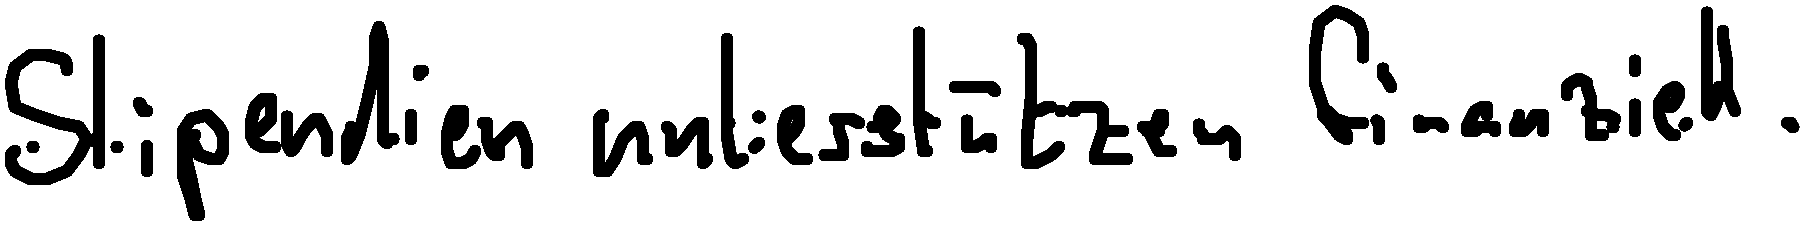
Stipendien unterstützen finanziell.